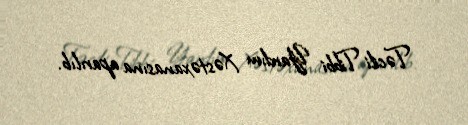
Təcili Tibbi Yardım Xəstəxanasına aparılıb.